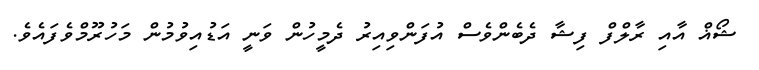
ޝޯޣް އާއި ރާލްފް ފިޝާ ދެބެންވެސް އުފަންވިއިރު ދެމީހުން ވަނީ އަޑުއިވުމުން މަހުރޫމްވެފައެވެ.